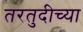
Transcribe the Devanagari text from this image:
तरतुदीच्या